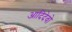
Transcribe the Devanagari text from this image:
आदिदेवो